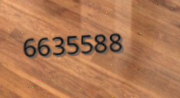
6635588